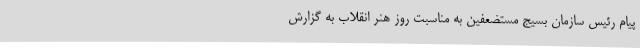
پیام رئیس سازمان بسیج مستضعفین به مناسبت روز هنر انقلاب به گزارش